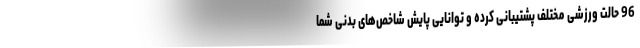
96 حالت ورزشی مختلف پشتیبانی کرده و توانایی پایش شاخص‌های بدنی شما